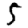
Digit: 5